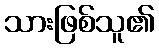
သားဖြစ်သူ၏